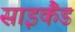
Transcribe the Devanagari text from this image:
साइकैंड